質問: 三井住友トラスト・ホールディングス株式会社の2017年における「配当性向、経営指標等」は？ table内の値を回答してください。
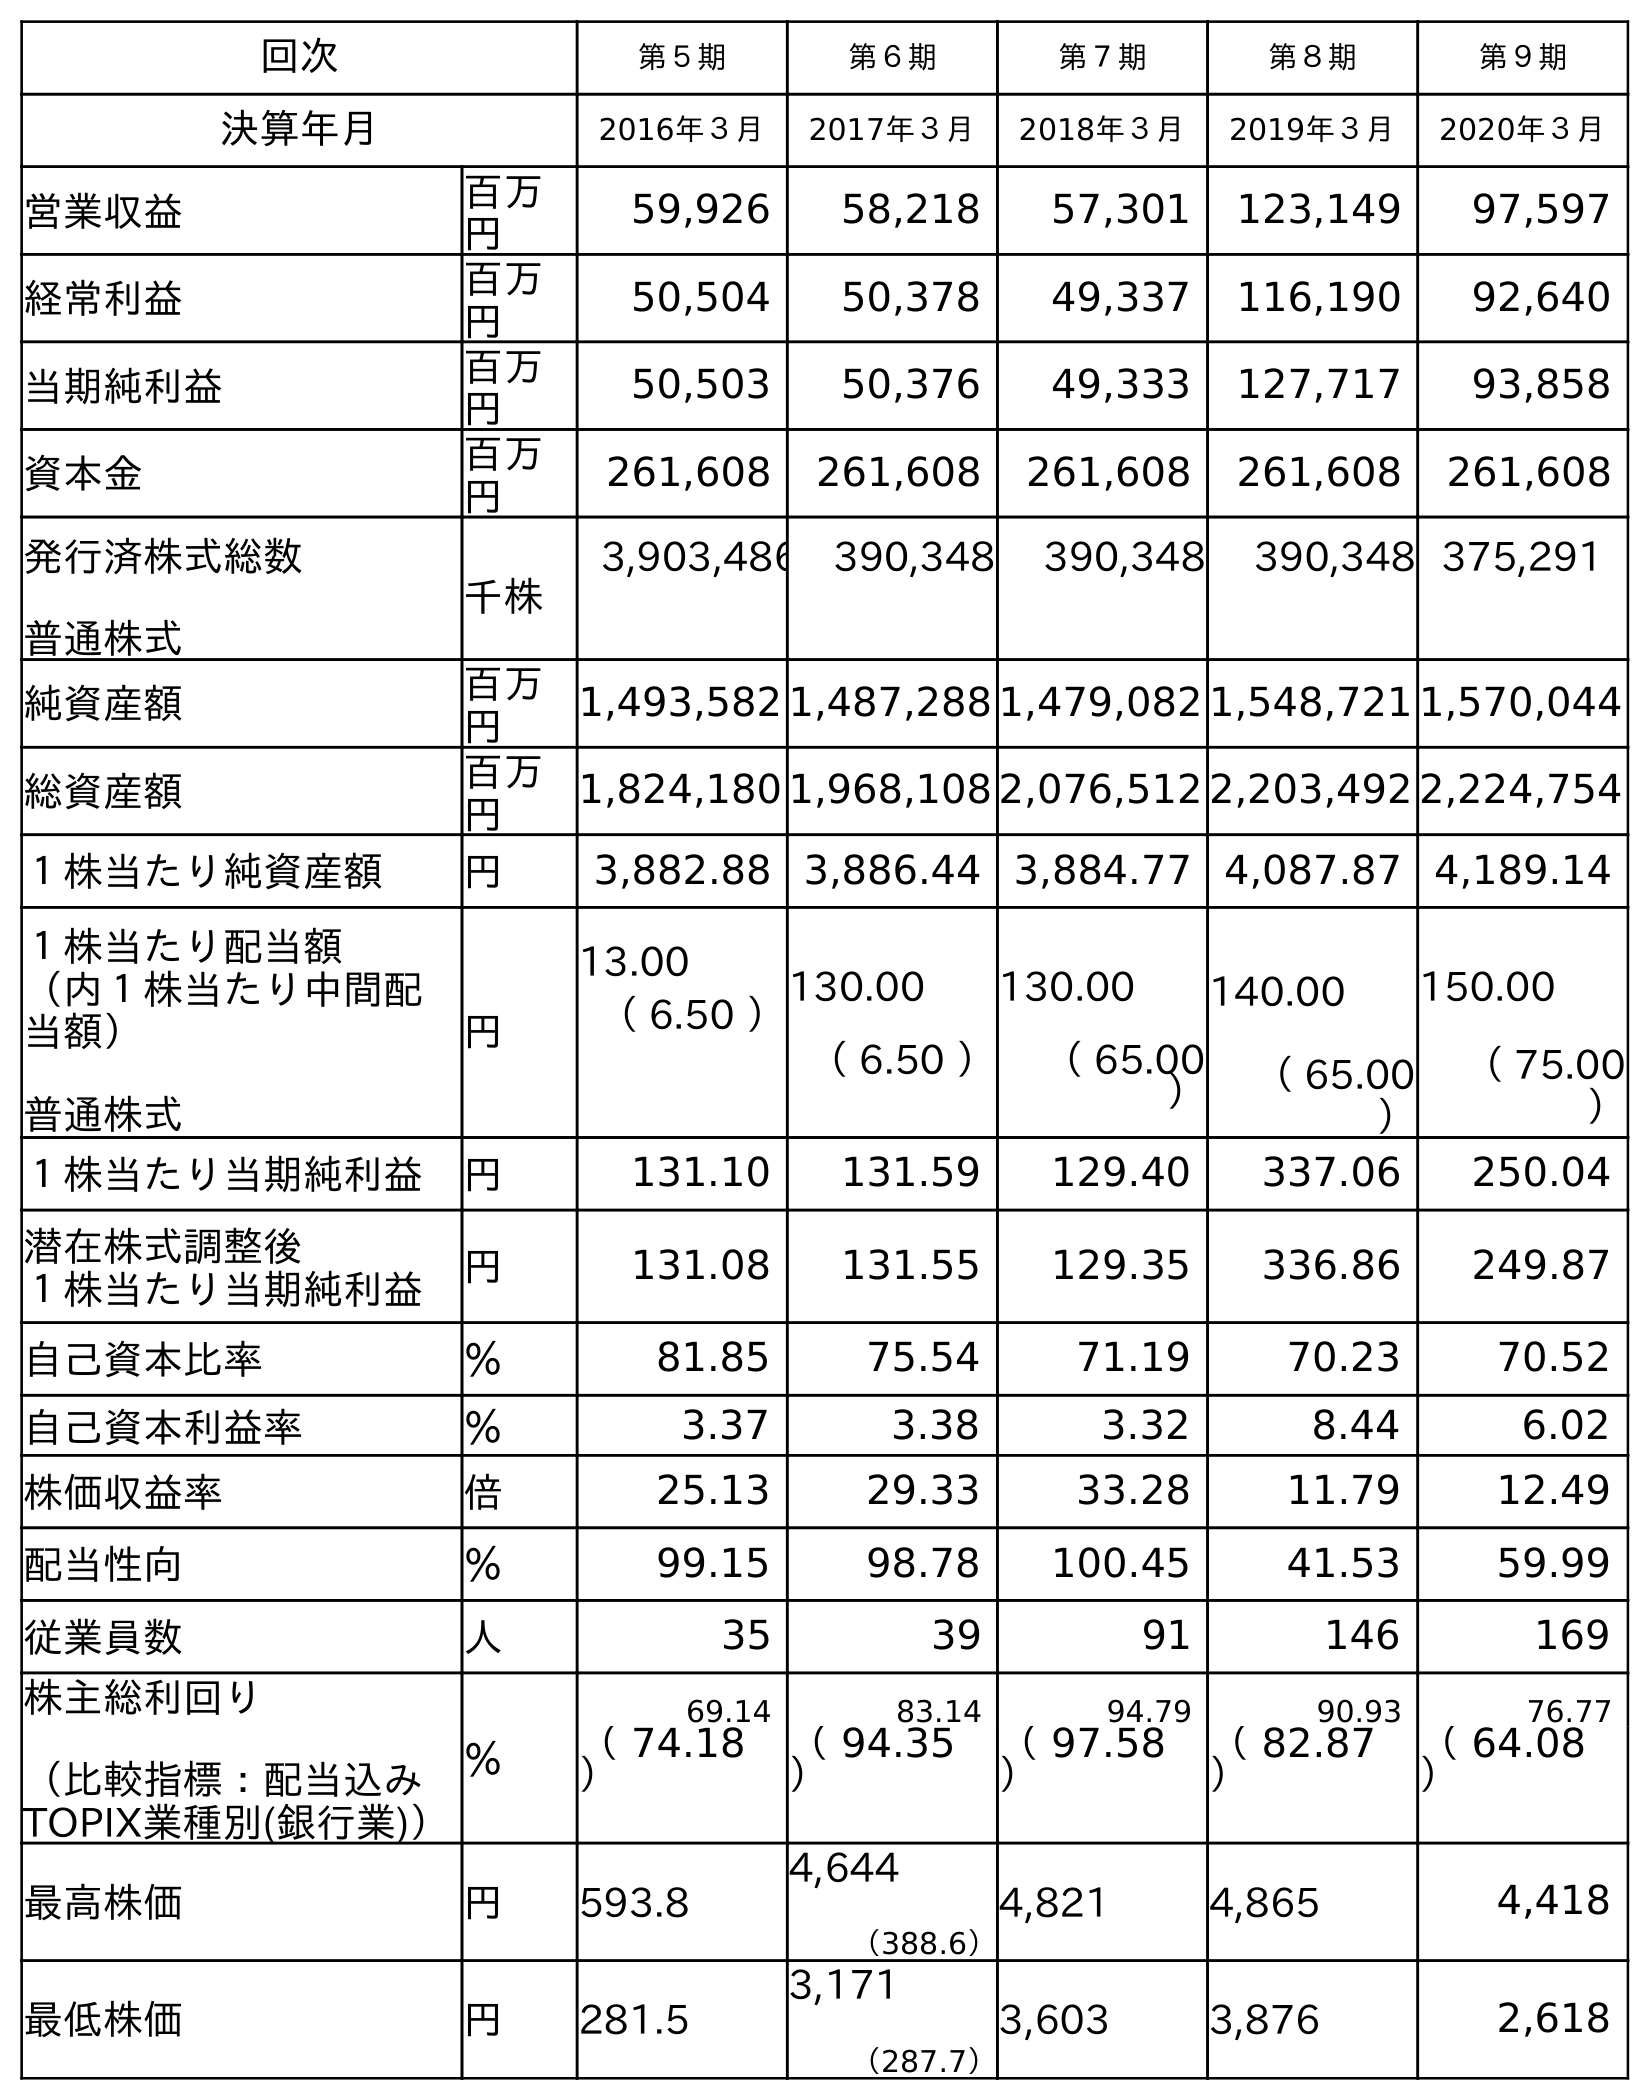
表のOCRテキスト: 回次 第５期 第６期 第７期 第８期 第９期 決算年月 2016年３月 2017年３月 2018年３月 2019年３月 2020年３月 営業収益 百万 円 59,926 58,218 57,301 123,149 97,597 経常利益 百万 円 50,504 50,378 49,337 116,190 92,640 当期純利益 百万 円 50,503 50,376 49,333 127,717 93,858 資本金 百万 円 261,608 261,608 261,608 261,608 261,608 発行済株式総数 普通株式 千株 3,903,486 390,348 390,348 390,348 375,291 純資産額 百万 円 1,493,582 1,487,288 1,479,082 1,548,721 1,570,044 総資産額 百万 円 1,824,180 1,968,108 2,076,512 2,203,492 2,224,754 １株当たり純資産額 円 3,882.88 3,886.44 3,884.77 4,087.87 4,189.14 １株当たり配当額 （内１株当たり中間配 当額） 普通株式 円 13.00 （ 6.50 ）130.00 （ 6.50 ） 130.00 （ 65.00 ） 140.00 （ 65.00 ） 150.00 （ 75.00 ） １株当たり当期純利益 円 131.10 131.59 129.40 337.06 250.04 潜在株式調整後 １株当たり当期純利益 円 131.08 131.55 129.35 336.86 249.87 自己資本比率 ％ 81.85 75.54 71.19 70.23 70.52 自己資本利益率 ％ 3.37 3.38 3.32 8.44 6.02 株価収益率 倍 25.13 29.33 33.28 11.79 12.49 配当性向 ％ 99.15 98.78 100.45 41.53 59.99 従業員数 人 35 39 91 146 169 株主総利回り （比較指標：配当込み TOPIX業種別(銀行業)） ％ 69.14 83.14 94.79 90.93 76.77 （ 74.18 ） （ 94.35 ） （ 97.58 ） （ 82.87 ） （ 64.08 ） 最高株価 円 593.8 4,644 （388.6） 4,821 4,865 4,418 最低株価 円 281.5 3,171 （287.7） 3,603 3,876 2,618
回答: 98.78